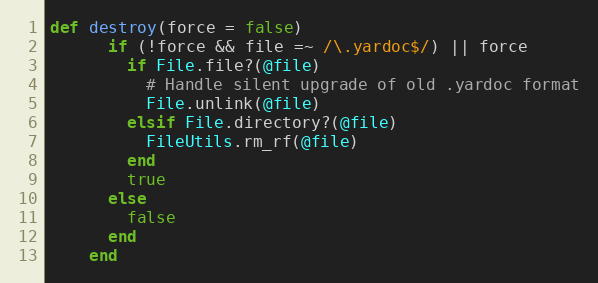
Language: Ruby
def destroy(force = false)
      if (!force && file =~ /\.yardoc$/) || force
        if File.file?(@file)
          # Handle silent upgrade of old .yardoc format
          File.unlink(@file)
        elsif File.directory?(@file)
          FileUtils.rm_rf(@file)
        end
        true
      else
        false
      end
    end